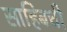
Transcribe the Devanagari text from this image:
साहिबची